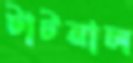
টাটনাল